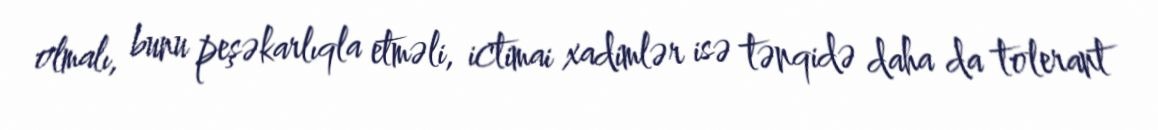
olmalı, bunu peşəkarlıqla etməli, ictimai xadimlər isə tənqidə daha da tolerant